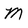
Character: M